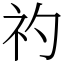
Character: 礿